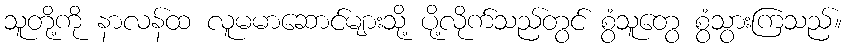
သူတို့ကို နာလန်ထ လူမမာဆောင်များသို့ ပို့လိုက်သည်တွင် စွံသူတွေ စွံသွားကြသည်။